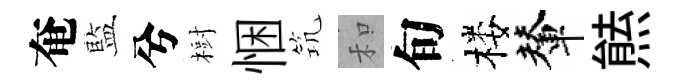
奄藍兮𣗳悃𥬑和旬楼輦㷱